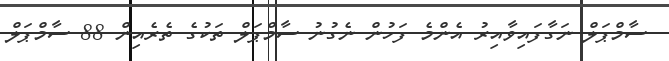
ސާމްޕަލް ނަގާފައިވާއިރު އެންމެ ފަހުން ނެގުނު ސާމްޕަލް ތަކުގެ ތެރެއިން 88 ސާމްޕަލް